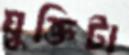
যুক্তিটা